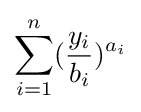
\sum _{i=1}^{n}({\frac {y_{i}}{b_{i}}})^{a_{i}}